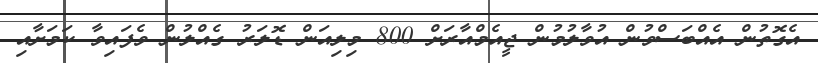
އެގޮތުން އެއްބަސްވުން އުވާލުމުން ޖީއެމްއާރަށް 800 މިލިއަން ޑޮލަރު ގެއްލުން ވެފައިވާ ކަމަށާއި